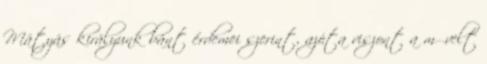
Mátyás királyunk bánt érdemei szerint, azóta viszont a művelt